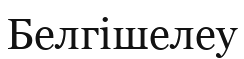
Белгішелеу